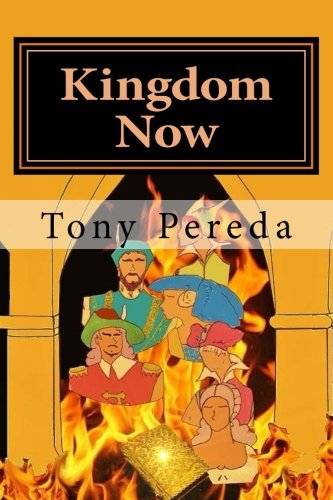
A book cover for Kingdom Now; Tony Pereda; Literature & Fiction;